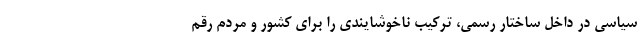
سیاسی در داخل ساختار رسمی، ‌ترکیب ناخوشایندی را برای کشور و مردم رقم